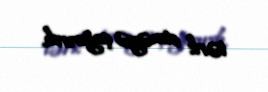
tərk etməyə çağırırdı.